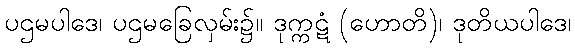
ပဌမပါဒေ၊ ပဌမခြေလှမ်း၌။ ဒုက္ကဋံ (ဟောတိ)၊ ဒုတိယပါဒေ၊